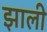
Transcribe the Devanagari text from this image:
झाली़